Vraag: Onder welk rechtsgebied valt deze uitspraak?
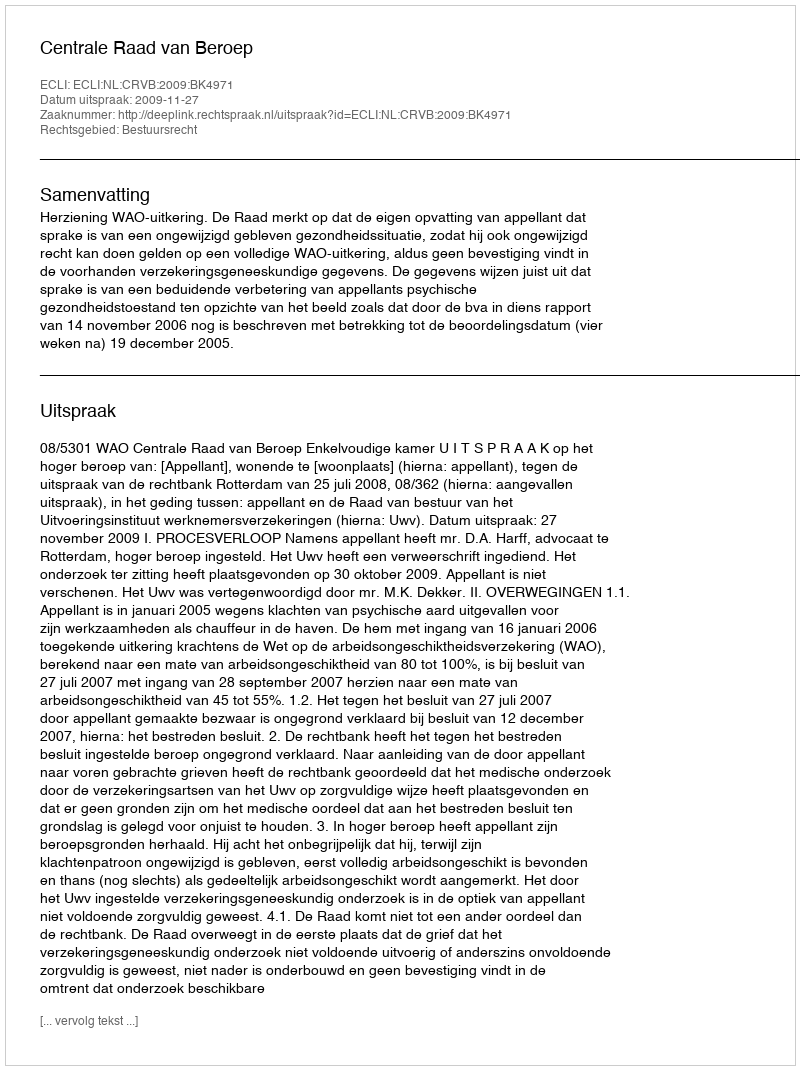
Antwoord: Bestuursrecht